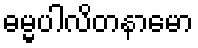
ဓမ္မပါလိတနာမော